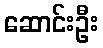
ဆောင်းဦး